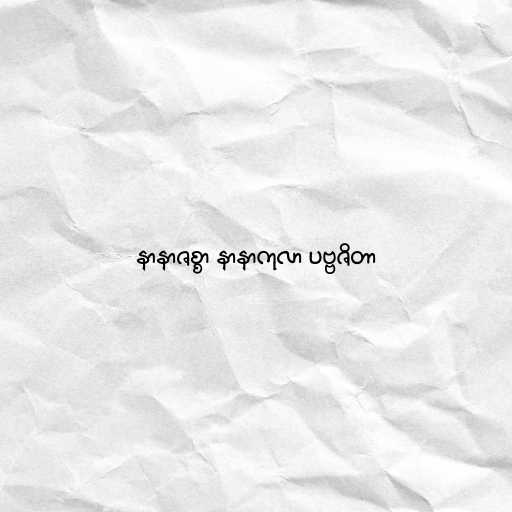
နာနာဇစ္စာ နာနာကုလာ ပဗ္ဗဇိတာ